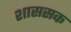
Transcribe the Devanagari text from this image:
शाससक